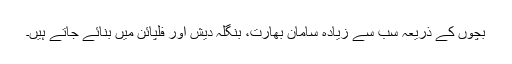
بچوں کے ذریعہ سب سے زیادہ سامان بھارت، بنگلہ دیش اور فلپائن میں بنائے جاتے ہیں۔